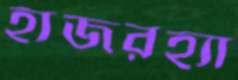
হাজরহ্যা